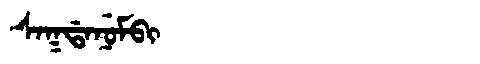
Manchu: ᠰᠠᡴᡩᠠᠨᡠᠮᠪᡳ
Romanization: SAKDANUMBI